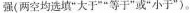
强(两空均选填”大于””等于”或”小于”)。